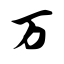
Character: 万